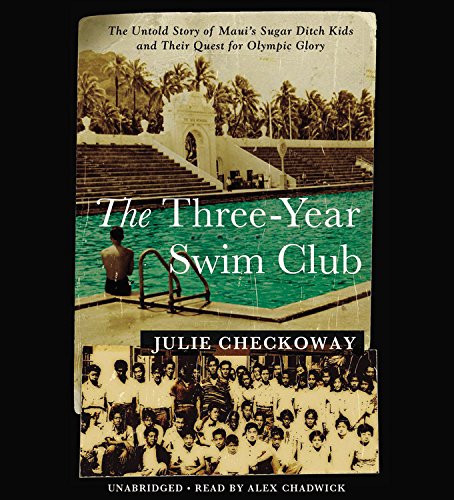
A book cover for The Three-Year Swim Club: The Untold Story of Maui's Sugar Ditch Kids and Their Quest for Olympic Glory; Julie Checkoway; Sports & Outdoors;